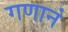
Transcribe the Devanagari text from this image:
गणानं